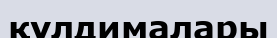
құлдималары